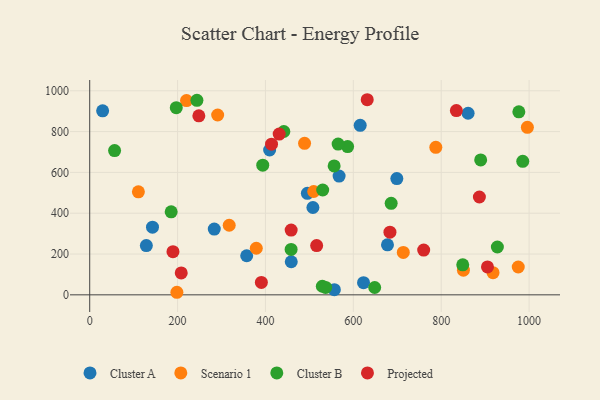
{"axis": {"x": "Price", "y": "Yield"}, "legend": ["Cluster A", "Cluster B", "Projected", "Scenario 1"], "data": [{"x": "567.6", "y": 581.8, "type": "Cluster A"}, {"x": "458.7", "y": 162.2, "type": "Cluster A"}, {"x": "556.8", "y": 25.4, "type": "Cluster A"}, {"x": "623.2", "y": 59.7, "type": "Cluster A"}, {"x": "128.9", "y": 241.3, "type": "Cluster A"}, {"x": "357.3", "y": 191.4, "type": "Cluster A"}, {"x": "29.4", "y": 901.9, "type": "Cluster A"}, {"x": "495.4", "y": 497.7, "type": "Cluster A"}, {"x": "699.0", "y": 569.7, "type": "Cluster A"}, {"x": "861.2", "y": 889.8, "type": "Cluster A"}, {"x": "508.0", "y": 428.1, "type": "Cluster A"}, {"x": "409.5", "y": 709.8, "type": "Cluster A"}, {"x": "142.9", "y": 331.5, "type": "Cluster A"}, {"x": "283.5", "y": 322.3, "type": "Cluster A"}, {"x": "615.6", "y": 830.7, "type": "Cluster A"}, {"x": "677.7", "y": 245.3, "type": "Cluster A"}, {"x": "917.9", "y": 108.8, "type": "Scenario 1"}, {"x": "713.7", "y": 208.0, "type": "Scenario 1"}, {"x": "975.3", "y": 136.4, "type": "Scenario 1"}, {"x": "379.1", "y": 228.3, "type": "Scenario 1"}, {"x": "317.5", "y": 340.9, "type": "Scenario 1"}, {"x": "489.0", "y": 742.5, "type": "Scenario 1"}, {"x": "509.8", "y": 506.3, "type": "Scenario 1"}, {"x": "291.2", "y": 881.3, "type": "Scenario 1"}, {"x": "996.1", "y": 820.9, "type": "Scenario 1"}, {"x": "110.8", "y": 504.8, "type": "Scenario 1"}, {"x": "787.7", "y": 722.9, "type": "Scenario 1"}, {"x": "198.4", "y": 12.5, "type": "Scenario 1"}, {"x": "850.5", "y": 120.8, "type": "Scenario 1"}, {"x": "220.3", "y": 952.2, "type": "Scenario 1"}, {"x": "185.4", "y": 407.0, "type": "Cluster B"}, {"x": "441.8", "y": 800.5, "type": "Cluster B"}, {"x": "529.4", "y": 42.1, "type": "Cluster B"}, {"x": "686.1", "y": 448.4, "type": "Cluster B"}, {"x": "927.8", "y": 234.5, "type": "Cluster B"}, {"x": "849.0", "y": 147.0, "type": "Cluster B"}, {"x": "587.0", "y": 726.4, "type": "Cluster B"}, {"x": "537.0", "y": 36.1, "type": "Cluster B"}, {"x": "976.7", "y": 896.9, "type": "Cluster B"}, {"x": "56.6", "y": 707.1, "type": "Cluster B"}, {"x": "530.3", "y": 513.7, "type": "Cluster B"}, {"x": "648.6", "y": 35.9, "type": "Cluster B"}, {"x": "889.8", "y": 661.3, "type": "Cluster B"}, {"x": "458.4", "y": 222.7, "type": "Cluster B"}, {"x": "393.8", "y": 635.3, "type": "Cluster B"}, {"x": "556.3", "y": 631.9, "type": "Cluster B"}, {"x": "985.6", "y": 654.5, "type": "Cluster B"}, {"x": "565.4", "y": 738.8, "type": "Cluster B"}, {"x": "197.0", "y": 917.4, "type": "Cluster B"}, {"x": "244.0", "y": 953.2, "type": "Cluster B"}, {"x": "208.3", "y": 107.3, "type": "Projected"}, {"x": "631.6", "y": 956.2, "type": "Projected"}, {"x": "248.4", "y": 877.1, "type": "Projected"}, {"x": "683.3", "y": 307.0, "type": "Projected"}, {"x": "189.5", "y": 211.7, "type": "Projected"}, {"x": "413.8", "y": 738.4, "type": "Projected"}, {"x": "458.5", "y": 317.2, "type": "Projected"}, {"x": "516.5", "y": 241.5, "type": "Projected"}, {"x": "760.1", "y": 219.2, "type": "Projected"}, {"x": "431.2", "y": 787.7, "type": "Projected"}, {"x": "390.7", "y": 61.0, "type": "Projected"}, {"x": "886.9", "y": 479.4, "type": "Projected"}, {"x": "834.5", "y": 902.8, "type": "Projected"}, {"x": "905.3", "y": 136.9, "type": "Projected"}]}